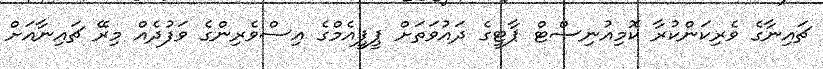
ޗައިނާގެ ވެރިކަންކުރާ ކޮމިއުނިސްޓް ޕާޓީގެ ދައުވަތަށް ޕީޕީއެމްގެ އިސްވެރިންގެ ވަފުދެއް މިރޭ ޗައިނާއަށް